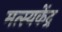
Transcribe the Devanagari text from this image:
मत्स्यकेंद्र